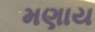
મણાય